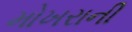
મોખરાની